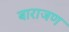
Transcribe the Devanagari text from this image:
बाराजण